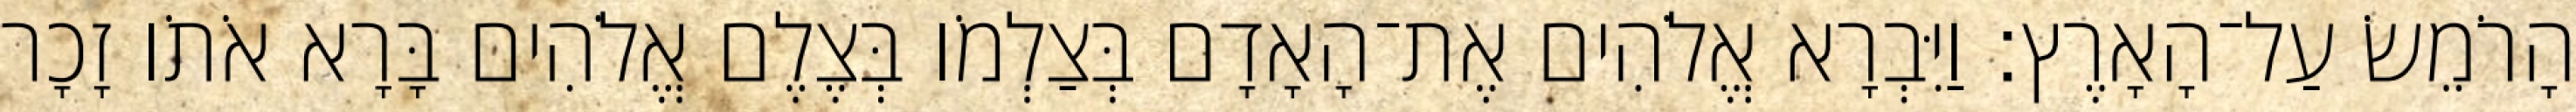
הָרֹמֵשׂ עַל־הָאָרֶץ׃ וַיִּבְרָא אֱלֹהִים אֶת־הָאָדָם בְּצַלְמֹו בְּצֶלֶם אֱלֹהִים בָּרָא אֹתֹו זָכָר